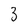
Character: 3